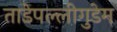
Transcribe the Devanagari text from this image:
ताडेपल्लीगुडेम